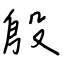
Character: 殷